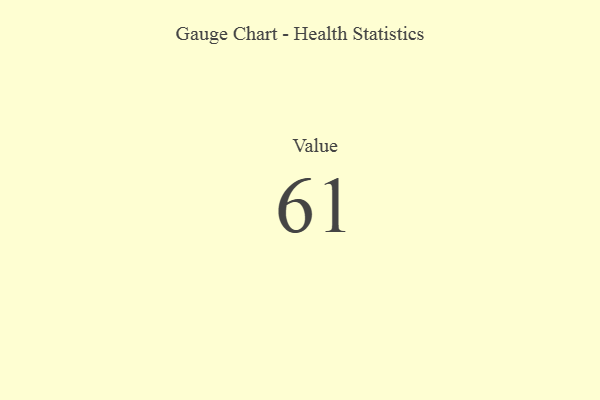
{"axis": {"x": "Metric", "y": "Value"}, "legend": [""], "data": [{"x": "Value", "y": 61, "type": ""}]}